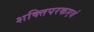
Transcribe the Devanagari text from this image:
शक्तिपरकएवं